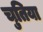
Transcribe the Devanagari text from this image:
चुतिया